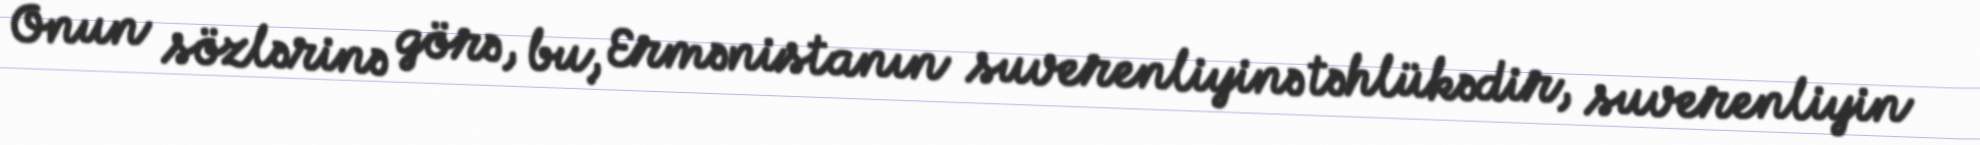
Onun sözlərinə görə, bu, Ermənistanın suverenliyinə təhlükədir, suverenliyin